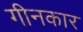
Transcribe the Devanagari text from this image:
गीनकार